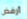
أرفض